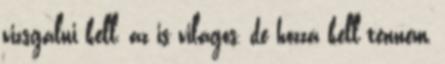
vizsgálni kell, az is világos, de hozzá kell tennem,